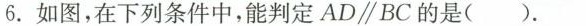
6.如图，在下列条件中，能判定AD//BC的是().